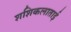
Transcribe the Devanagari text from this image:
शशिकलाताई